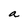
Character: a